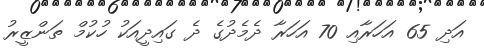
އަދި 65 އަހަރާއި 70 އަހަރާ ދެމެދުގެ ދެ ގައިދީއަކު ހުކުމް ތަންޒީރު